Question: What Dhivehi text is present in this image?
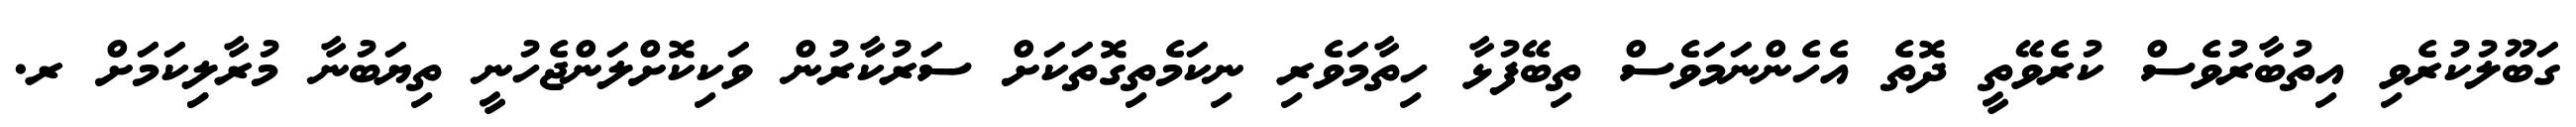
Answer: ގަބޫލުކުރެވި އިތުބާރުވެސް ކުރެވޭތީ ދޮތެ އެހެންނަމަވެސް ތިބޭފުޅާ ހިތާމަވެރި ނިކަމެތިގޮތަކަށް ސަރުކާރުން ވަކިކޮށްލަންޖެހުނީ ތިޔަބުނާ މުރާލިިކަމަށް ރ.